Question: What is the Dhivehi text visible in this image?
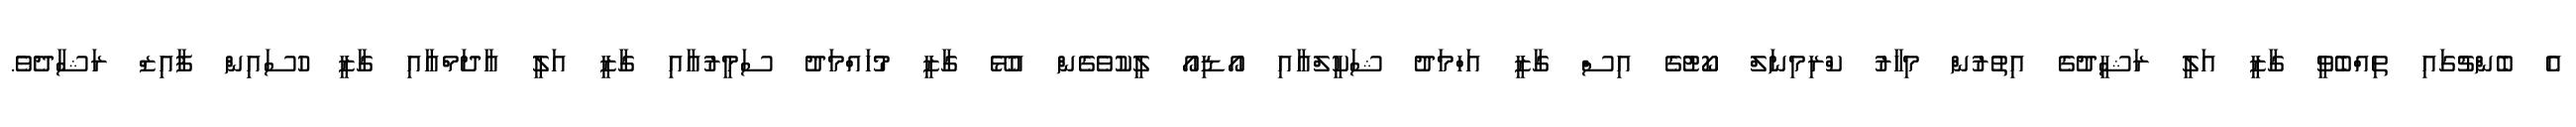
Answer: އެ ބެންޗުގައި ތިއްބެވީ ގާޒީ އަލީ ރަޝީދުގެ އިތުރުން މިހާރު ކްރިމިނަލް ކޯޓުގެ އިސް ގާޒީ އަހްމަދު ޝަކީލްއާއި އޯޑިއޯ ލީކުވެގެން އުޅޭ ގާޒީ މުހައްމަދު ސަމީރުއާއި ގާޒީ އަލީ އާދަމްއާއި ގާޒީ ހުސައިން ފާއިޒް ރަޝާދެވެ.